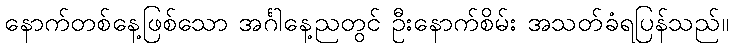
နောက်တစ်နေ့ဖြစ်သော အင်္ဂါနေ့ညတွင် ဦးနောက်စိမ်း အသတ်ခံရပြန်သည်။